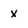
Character: x